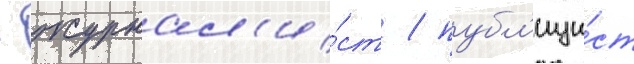
- журнал'и́ст / публ'ици́ст